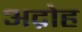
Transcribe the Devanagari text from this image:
अद्रोह